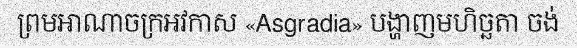
ព្រមអាណាចក្រអវកាស «Asgradia» បង្ហាញមហិច្ឆតា ចង់